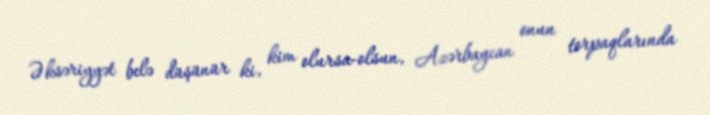
Əksəriyyət belə düşünür ki, kim olursa-olsun, Azərbaycan onun torpaqlarında